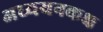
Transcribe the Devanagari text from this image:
अध्ययनकक्ष